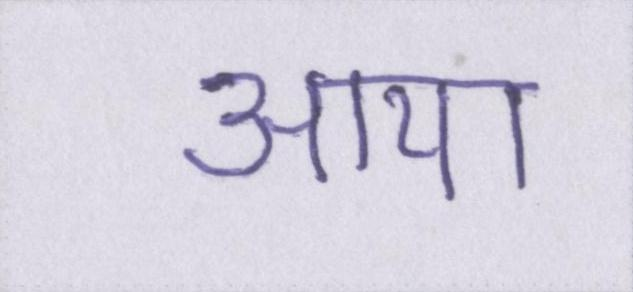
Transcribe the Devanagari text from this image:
आया